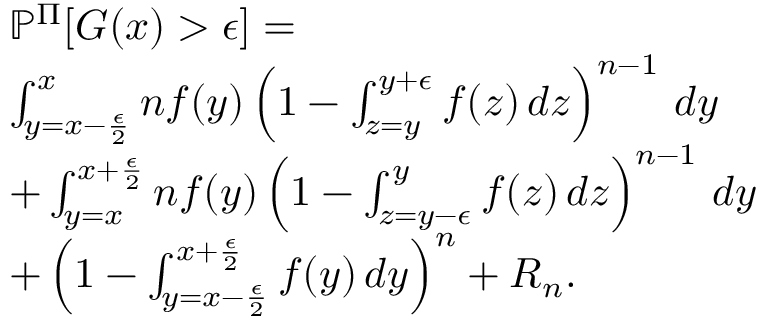
\begin{array} { r l } & { \mathbb P ^ { \Pi } [ G ( x ) > \epsilon ] = } \\ & { \int _ { y = x - \frac { \epsilon } { 2 } } ^ { x } n f ( y ) \left( 1 - \int _ { z = y } ^ { y + \epsilon } f ( z ) \, d z \right) ^ { n - 1 } \, d y } \\ & { + \int _ { y = x } ^ { x + \frac { \epsilon } { 2 } } n f ( y ) \left( 1 - \int _ { z = y - \epsilon } ^ { y } f ( z ) \, d z \right) ^ { n - 1 } \, d y } \\ & { \mathrm + \left( 1 - \int _ { y = x - \frac { \epsilon } { 2 } } ^ { x + \frac { \epsilon } { 2 } } f ( y ) \, d y \right) ^ { n } + R _ { n } . } \end{array}